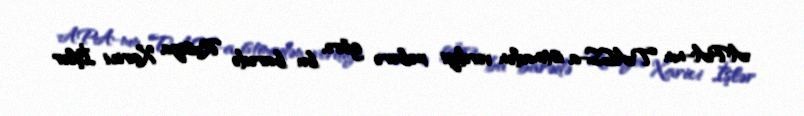
APA-nın TASS-a istinadən verdiyi xəbərə görə, bu barədə Rusiya Xarici İşlər